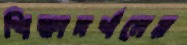
শিক্ষাদর্শনের